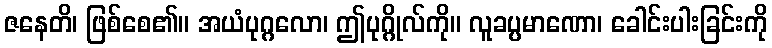
ဇနေတိ၊ ဖြစ်စေ၏။ အယံပုဂ္ဂလော၊ ဤပုဂ္ဂိုလ်ကို။ လူခပ္ပမာဏော၊ ခေါင်းပါးခြင်းကို